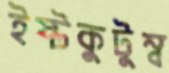
ইষ্টকুটুম্ব